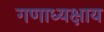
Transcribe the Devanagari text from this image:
गणाध्यक्षाय